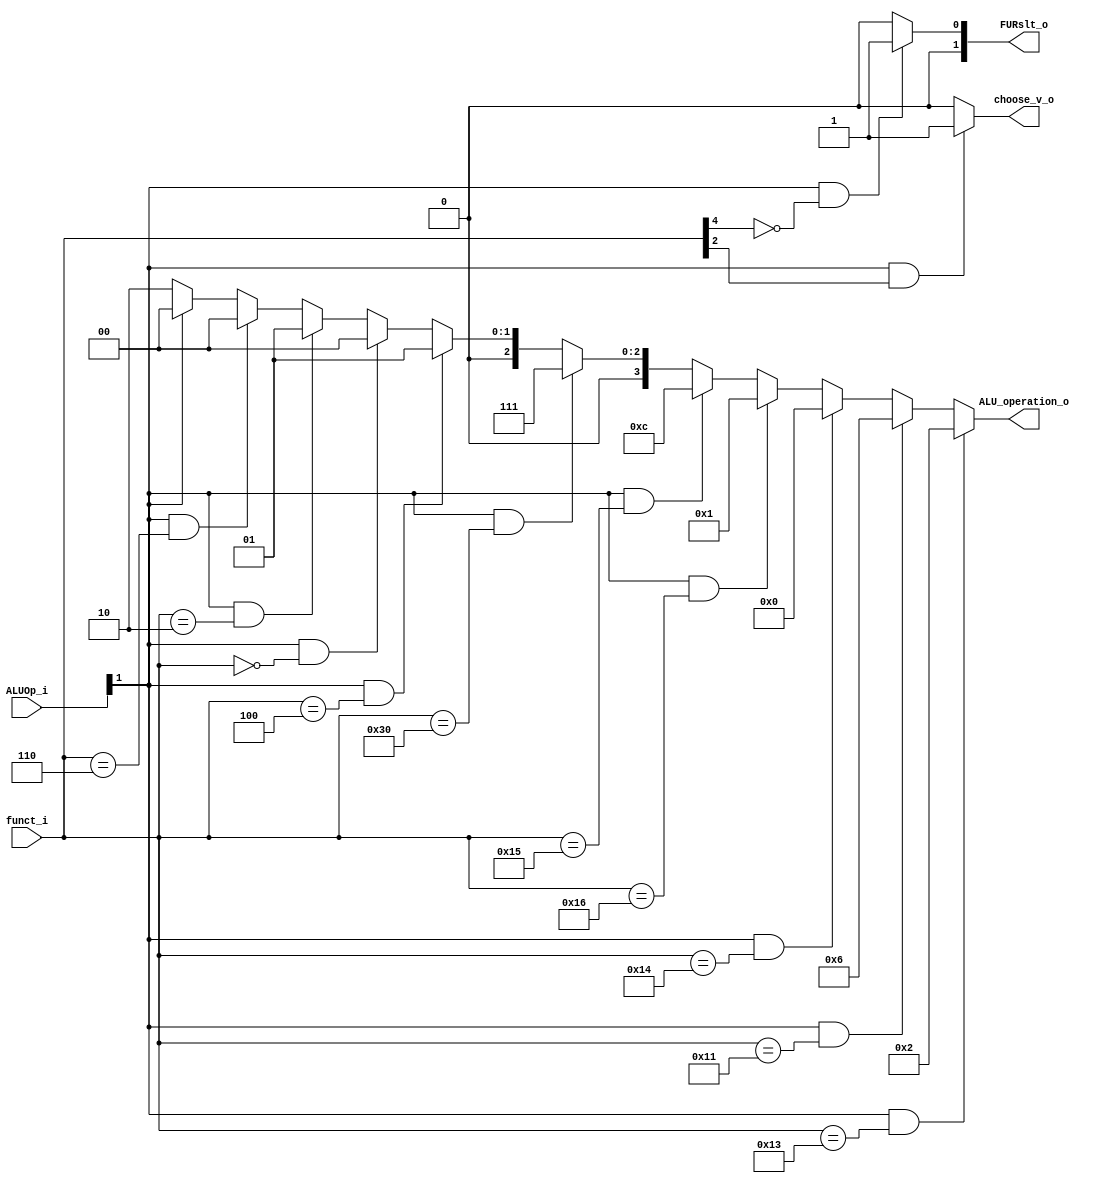
module ALU_Ctrl( funct_i, ALUOp_i, ALU_operation_o, FURslt_o, choose_v_o );

//I/O ports 
input		[6-1:0] funct_i;
input		[3-1:0] ALUOp_i;

output		[4-1:0] ALU_operation_o;  
output		[2-1:0] FURslt_o;
output		choose_v_o;
     
//Internal Signals
wire		[4-1:0] ALU_operation_o;
wire		[2-1:0] FURslt_o;
//wire		leftRight_o;
wire		choose_v_o;

//Main function
/*your code here*/

assign ALU_operation_o = (ALUOp_i[1] == 1 && funct_i == 6'b010011)? 4'b0010 :
		                 (ALUOp_i[1] == 1 && funct_i == 6'b010001)? 4'b0110 :
		                 (ALUOp_i[1] == 1 && funct_i == 6'b010100)? 4'b0000 :
		                 (ALUOp_i[1] == 1 && funct_i == 6'b010110)? 4'b0001 :
		                 (ALUOp_i[1] == 1 && funct_i == 6'b010101)? 4'b1100 :
		                 (ALUOp_i[1] == 1 && funct_i == 6'b110000)? 4'b0111 :
			             (ALUOp_i[1] == 1 && funct_i == 6'b000100)? 4'b0001 : // 0 left 1 right SRLV
			             (ALUOp_i[1] == 1 && funct_i == 6'b000000)? 4'b0000 : // SLL
			             (ALUOp_i[1] == 1 && funct_i == 6'b000010)? 4'b0001 : // SRL
			             (ALUOp_i[1] == 1 && funct_i == 6'b000110)? 4'b0000 : // SLLV
		                 (ALUOp_i[1] == 0)? 4'b0010: 4'b0000;

assign FURslt_o = (ALUOp_i[1] == 1 && funct_i[4] == 0)? 2'b01 : 2'b00;


assign choose_v_o = (ALUOp_i[1] == 1 && funct_i[2] == 1)? 1 :0;
    //FURslt[0] <= ((~funct_i[4]) & ALUOp_i[1]);
    //leftRight <= ((~funct_i[4]) & ALUOp_i[1] & ((funct_i[1] & (~funct_i[2])) || ((~funct_i[1]) & funct_i[2])));
    //choose_v <= ((~funct_i[4]) & funct_i[2]);


//always @ ( * ) begin
    //ALU_operation[3] <= (ALUOp_i[1] & funct_i[4] & funct_i[2] & (~funct_i[1]) & funct_i[0]);
    //ALU_operation[2] <= (ALUOp_i[1] & funct_i[4] & (((~funct_i[3]) & (~funct_i[2]) & (~funct_i[1])) | (funct_i[2] & (~funct_i[1]) & funct_i[0])));
    //ALU_operation[1] <= ((~ALUOp_i[1]) | (funct_i[4] & (~funct_i[3]) & (~funct_i[2])));
    //ALU_operation[0] <= (ALUOp_i[1] & funct_i[4] & (funct_i[5] | (funct_i[1] & (~funct_i[0]))));
    //FURslt[1] <= 0;
    //FURslt[0] <= ((~funct_i[4]) & ALUOp_i[1]);
    //leftRight <= ((~funct_i[4]) & ALUOp_i[1] & ((funct_i[1] & (~funct_i[2])) || ((~funct_i[1]) & funct_i[2])));
    //choose_v <= ((~funct_i[4]) & funct_i[2]);
//end
/*
always @ ( * ) begin
    FURslt[1] <= 0;
    FURslt[0] <= ((~funct_i[4]) & ALUOp_i[1]);
    leftRight <= ((~funct_i[4]) & ALUOp_i[1] & ((funct_i[1] & (~funct_i[2])) || ((~funct_i[1]) & funct_i[2])));
    choose_v <= ((~funct_i[4]) & funct_i[2]);
    if(ALUOp_i[1] == 0) begin
	ALU_operation <= 2;
    end else begin
        case(funct_i)
	    19: ALU_operation <= 2;
	    17: ALU_operation <= 6;
	    20: ALU_operation <= 0;
	    22: ALU_operation <= 1;
	    48: ALU_operation <= 7;
	    21: ALU_operation <= 12;
	    default: ALU_operation <= 0;
	endcase
    end
end
    //ALU_operation[3] <= (ALUOp_i[1] & funct_i[4] & funct_i[2] & (~funct_i[1]) & funct_i[0]);
    //ALU_operation[2] <= (ALUOp_i[1] & funct_i[4] & (((~funct_i[3]) & (~funct_i[2]) & (~funct_i[1])) | (funct_i[2] & (~funct_i[1]) & funct_i[0])));
    //ALU_operation[1] <= ((~ALUOp_i[1]) | (funct_i[4] & (~funct_i[3]) & (~funct_i[2])));
    //ALU_operation[0] <= (ALUOp_i[1] & funct_i[4] & (funct_i[5] | (funct_i[1] & (~funct_i[0]))));
    //FURslt[1] <= 0;
    //FURslt[0] <= ((~funct_i[4]) & ALUOp_i[1]);
    //leftRight <= ((~funct_i[4]) & ALUOp_i[1] & ((funct_i[1] & (~funct_i[2])) || ((~funct_i[1]) & funct_i[2])));
    //choose_v <= ((~funct_i[4]) & funct_i[2]);
//end

assign ALU_operation_o = ALU_operation;
assign FURslt_o = FURslt;
assign leftRight_o = leftRight;
assign choose_v_o = choose_v;
*/
endmodule